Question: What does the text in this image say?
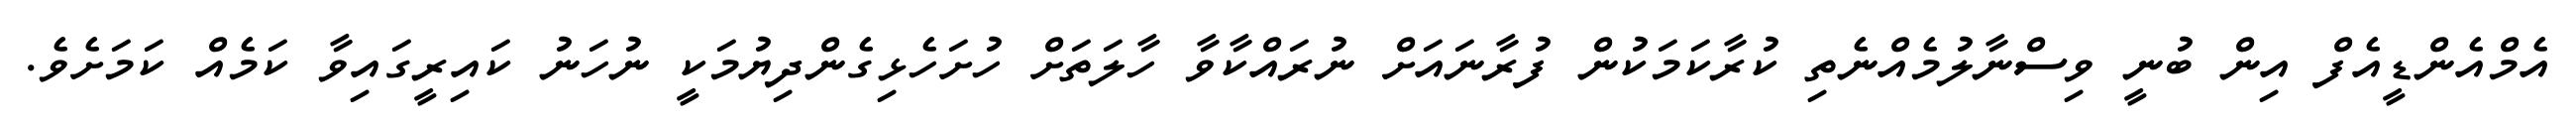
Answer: އެމްއެންޑީއެފް އިން ބުނީ ވިސްނާލުމެއްނެތި ކުރާކަމަކުން ފުރާނައަށް ނުރައްކާވާ ހާލަތަށް ހުށަހެޅިގެންދިޔުމަކީ ނުހަނު ކައިރީގައިވާ ކަމެއް ކަމަށެވެ.